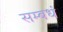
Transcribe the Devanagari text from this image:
सम्बधं